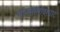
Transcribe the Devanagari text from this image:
मानससरोवरघाट